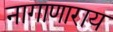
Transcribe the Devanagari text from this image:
नागाणाराय